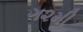
ગ૨મી